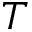
T